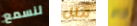
لنسمع مثل كام